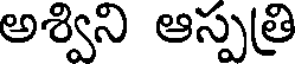
అశ్విని ఆస్పత్రి